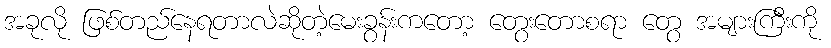
အခုလို ဖြစ်တည်နေရတာလဲဆိုတဲ့မေးခွန်းကတော့ တွေးတောစရာ တွေ အများကြီးကို